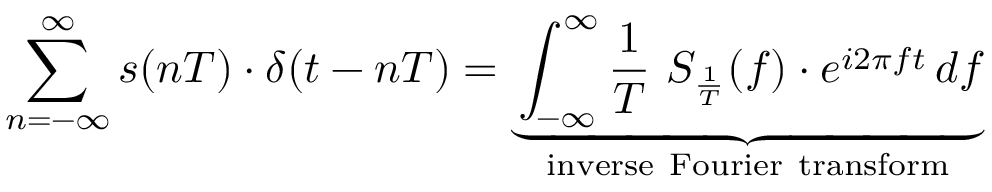
\sum _ { n = - \infty } ^ { \infty } s ( n T ) \cdot \delta ( t - n T ) = \underbrace { \int _ { - \infty } ^ { \infty } { \frac { 1 } { T } } \ S _ { \frac { 1 } { T } } ( f ) \cdot e ^ { i 2 \pi f t } \, d f } _ { \mathrm { i n v e r s e ~ F o u r i e r ~ t r a n s f o r m } }